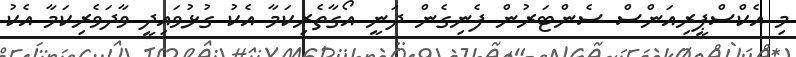
މި އެކްސްޕީރިއަންސް ސެންޓަރުން ފެނިގެން ދަނީ އޯގާތެރިކަމާ އެކު ގުޅުވައިދީ ވާދަވެރިކަމާ އެކު